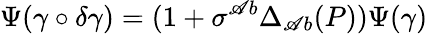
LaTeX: \Psi(\gamma\circ\delta\gamma)=(1+\sigma^{\mathscr{A}b}\Delta_{\mathscr{A}b}(P))\Psi(\gamma)